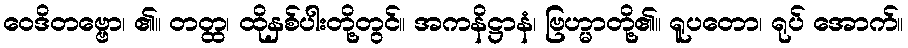
ဝေဒိတဗ္ဗော၊ ၏။ တတ္ထ၊ ထိုနှစ်ပါးတို့တွင်။ အကနိဋ္ဌာနံ၊ ဗြဟ္မာတို့၏။ ရူပတော၊ ရုပ် အောက်။